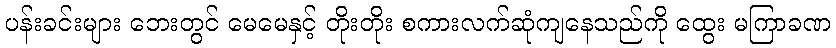
ပန်းခင်းများ ဘေးတွင် မေမေနှင့် တိုးတိုး စကားလက်ဆုံကျနေသည်ကို ထွေး မကြာခဏ